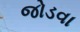
જોડવા